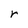
Character: r